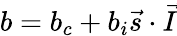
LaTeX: b=b_{c}+b_{i}\vec{s}\cdot\vec{I}